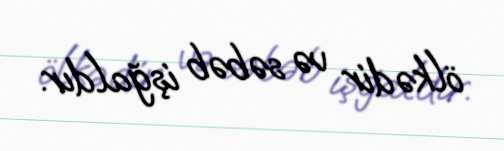
ölkədir və səbəb işğaldır.